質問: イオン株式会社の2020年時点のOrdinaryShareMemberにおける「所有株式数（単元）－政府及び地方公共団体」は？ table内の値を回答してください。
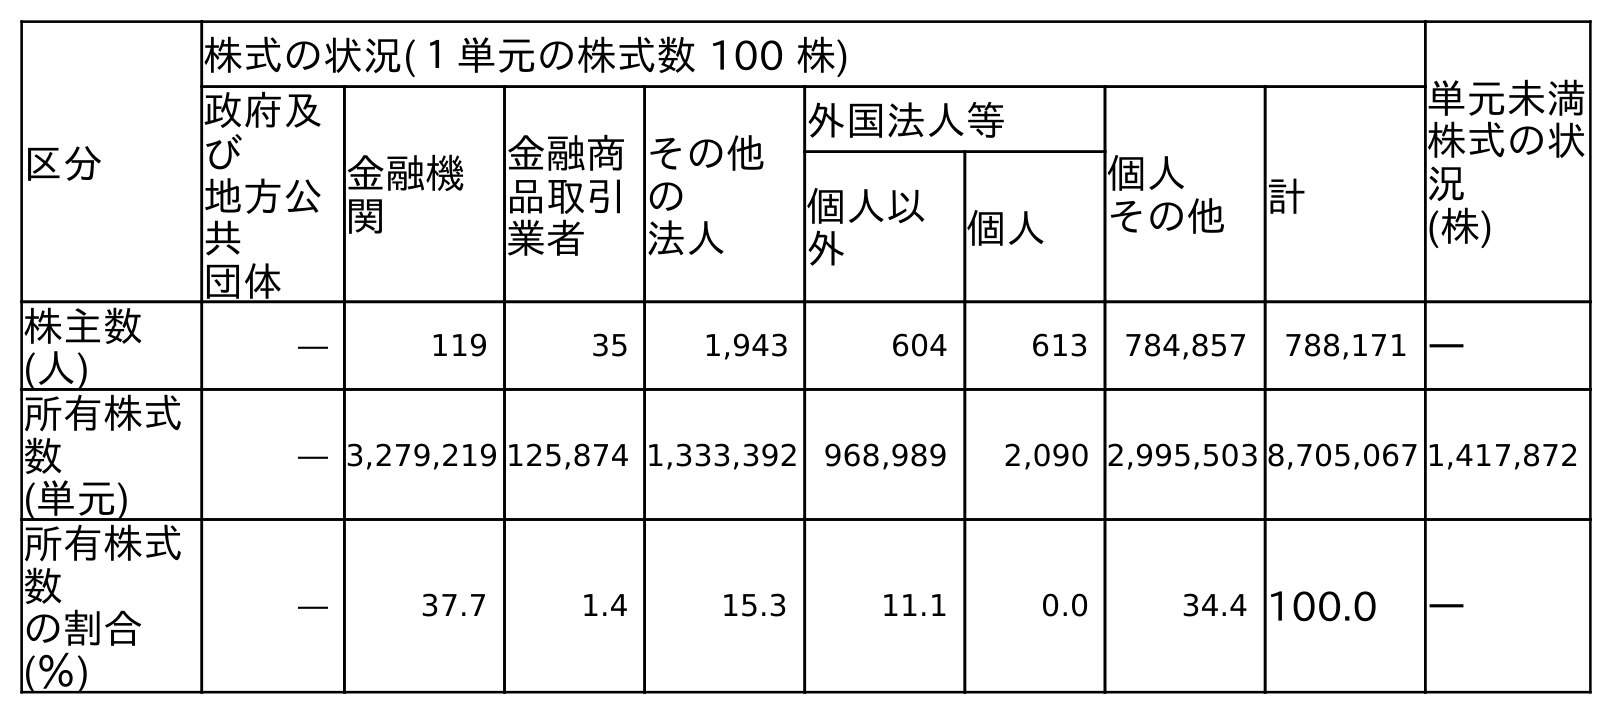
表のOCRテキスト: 区分 株式の状況(１単元の株式数 100 株) 単元未満 株式の状 況 (株) 政府及 び 地方公 共 団体 金融機 関 金融商 品取引 業者 その他 の 法人 外国法人等 個人 その他 計 個人以 外 個人 株主数 (人) ― 119 35 1,943 604 613 784,857 788,171 ― 所有株式 数 (単元) ― 3,279,219 125,874 1,333,392 968,989 2,090 2,995,503 8,705,067 1,417,872 所有株式 数 の割合 (％) ― 37.7 1.4 15.3 11.1 0.0 34.4 100.0 ―
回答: ―